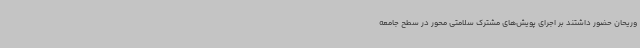
وریحان حضور داشتند بر اجرای پویش‌های مشترک سلامتی محور در سطح جامعه